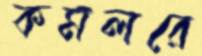
কমলরে